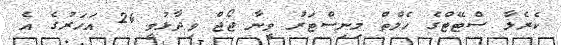
ކެރެލާ ސްޓޭޓްގެ ހެލްތް މިނިސްޓަރު ވީނާ ޖޯޖް ވިދާޅުވީ 24 އަހަރުގެ އެ